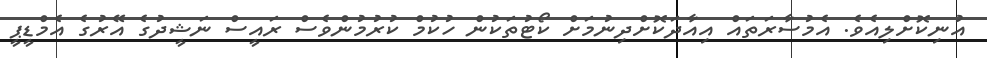
އުނިކޮށްލިއެވެ. އެމުސާރަތައް އިއާދަކޮށްދިނުމަށް ކޯޓުތަކުން ހުކުމް ކުރުމުންވެސް ރައީސް ނަޝީދުގެ އޭރުގެ އެމްޑީޕީ